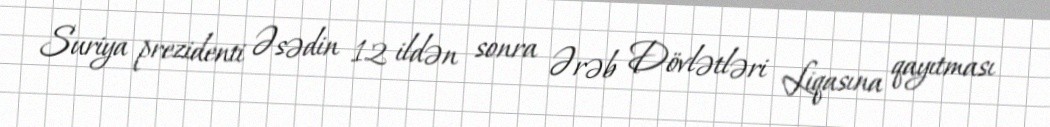
Suriya prezidenti Əsədin 12 ildən sonra Ərəb Dövlətləri Liqasına qayıtması